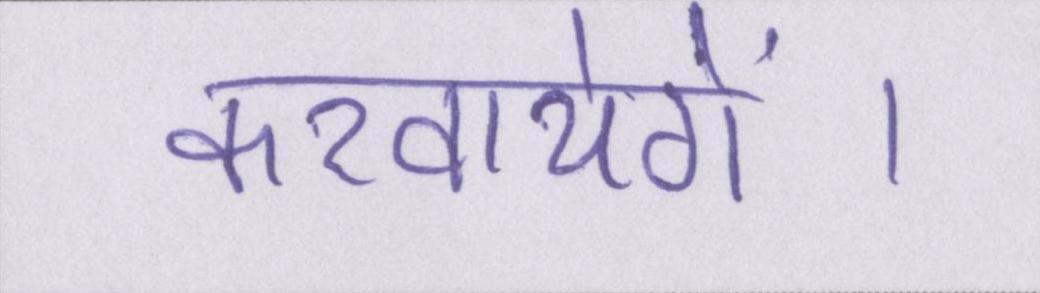
करवायेगें।